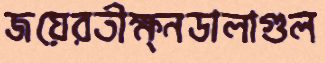
জয়েরতীক্ষ্নডালাগুল